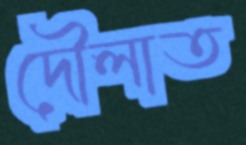
দৌলাত